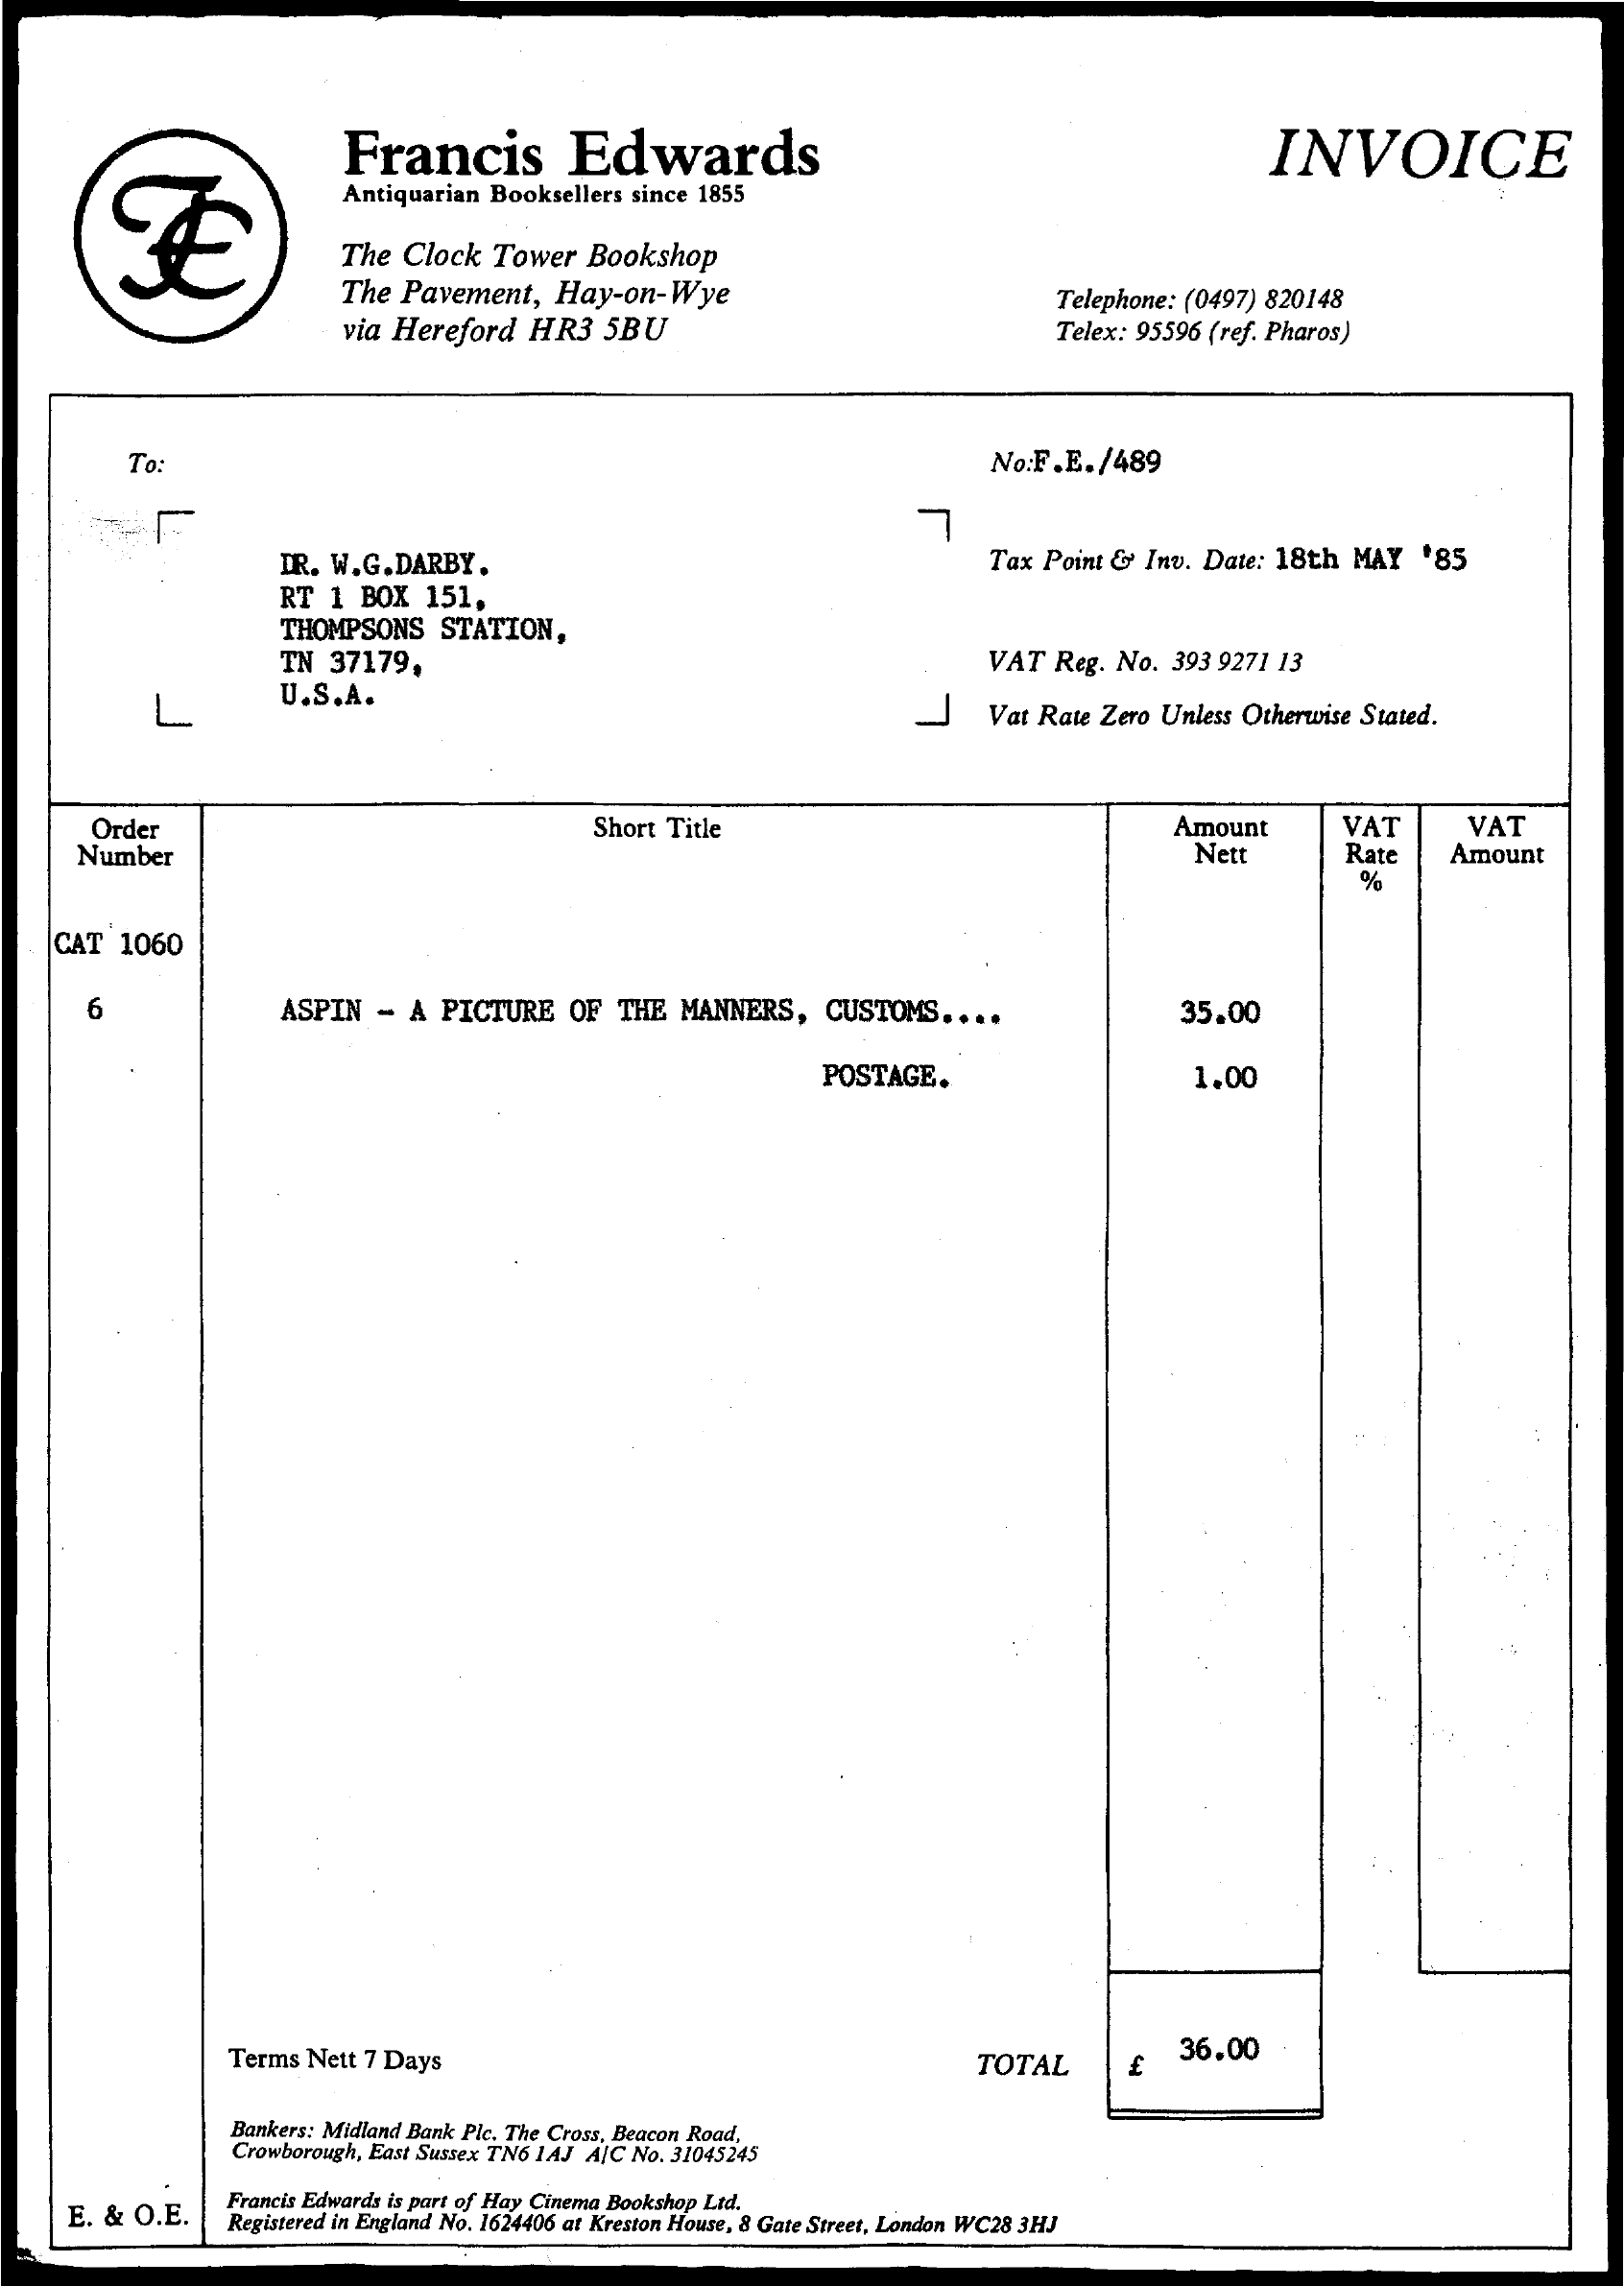
Francis    Edwards    INVOICE
     Antiquarian Booksellers since 1855
     The Clock   Tower  Bookshop
     The Pavement,    Hay-on-Wye
     via Hereford    HR3   5BU
     Telephone: (0497) 820148
     Telex: 95596 (ref. Pharos)
     To:    No:F.E./489
     7
     DR. W.G.DARBY.    Tax Point &  Inv. Date: 18th  MAY   '85
     RT  1  BOX  151,
     THOMPSONS   STATION,
     TN  37179,    VAT  Reg. No.  393 9271 13
     L    U.S.A.
     Vat Rate Zero Unless Otherwise Stated.
     Order    Short Title    Amount    VAT    VAT
     Number    Nett    Rate
     %
     Amount
     CAT  1060
     6    ASPIN   -  A PICTURE    OF  THE  MANNERS,    CUSTOMS   ....    35.00
     POSTAGE.    1.00
     Terms Nett 7 Days    TOTAL
     36.00
     Bankers: Midland Bank Plc. The Cross, Beacon Road,
     Crowborough, East Sussex TN6 IAJ AIC No. 31045245
     E. & O.E.
     Francis Edwards is part of Hay Cinema Bookshop Ltd.
     Registered in England No. 1624406 at Kreston House, 8 Gate Street, London WC28 3HJ